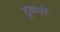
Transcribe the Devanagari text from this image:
टुकरों